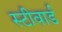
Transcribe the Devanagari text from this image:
स्टीवार्ड